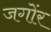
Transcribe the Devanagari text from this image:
जगोंर